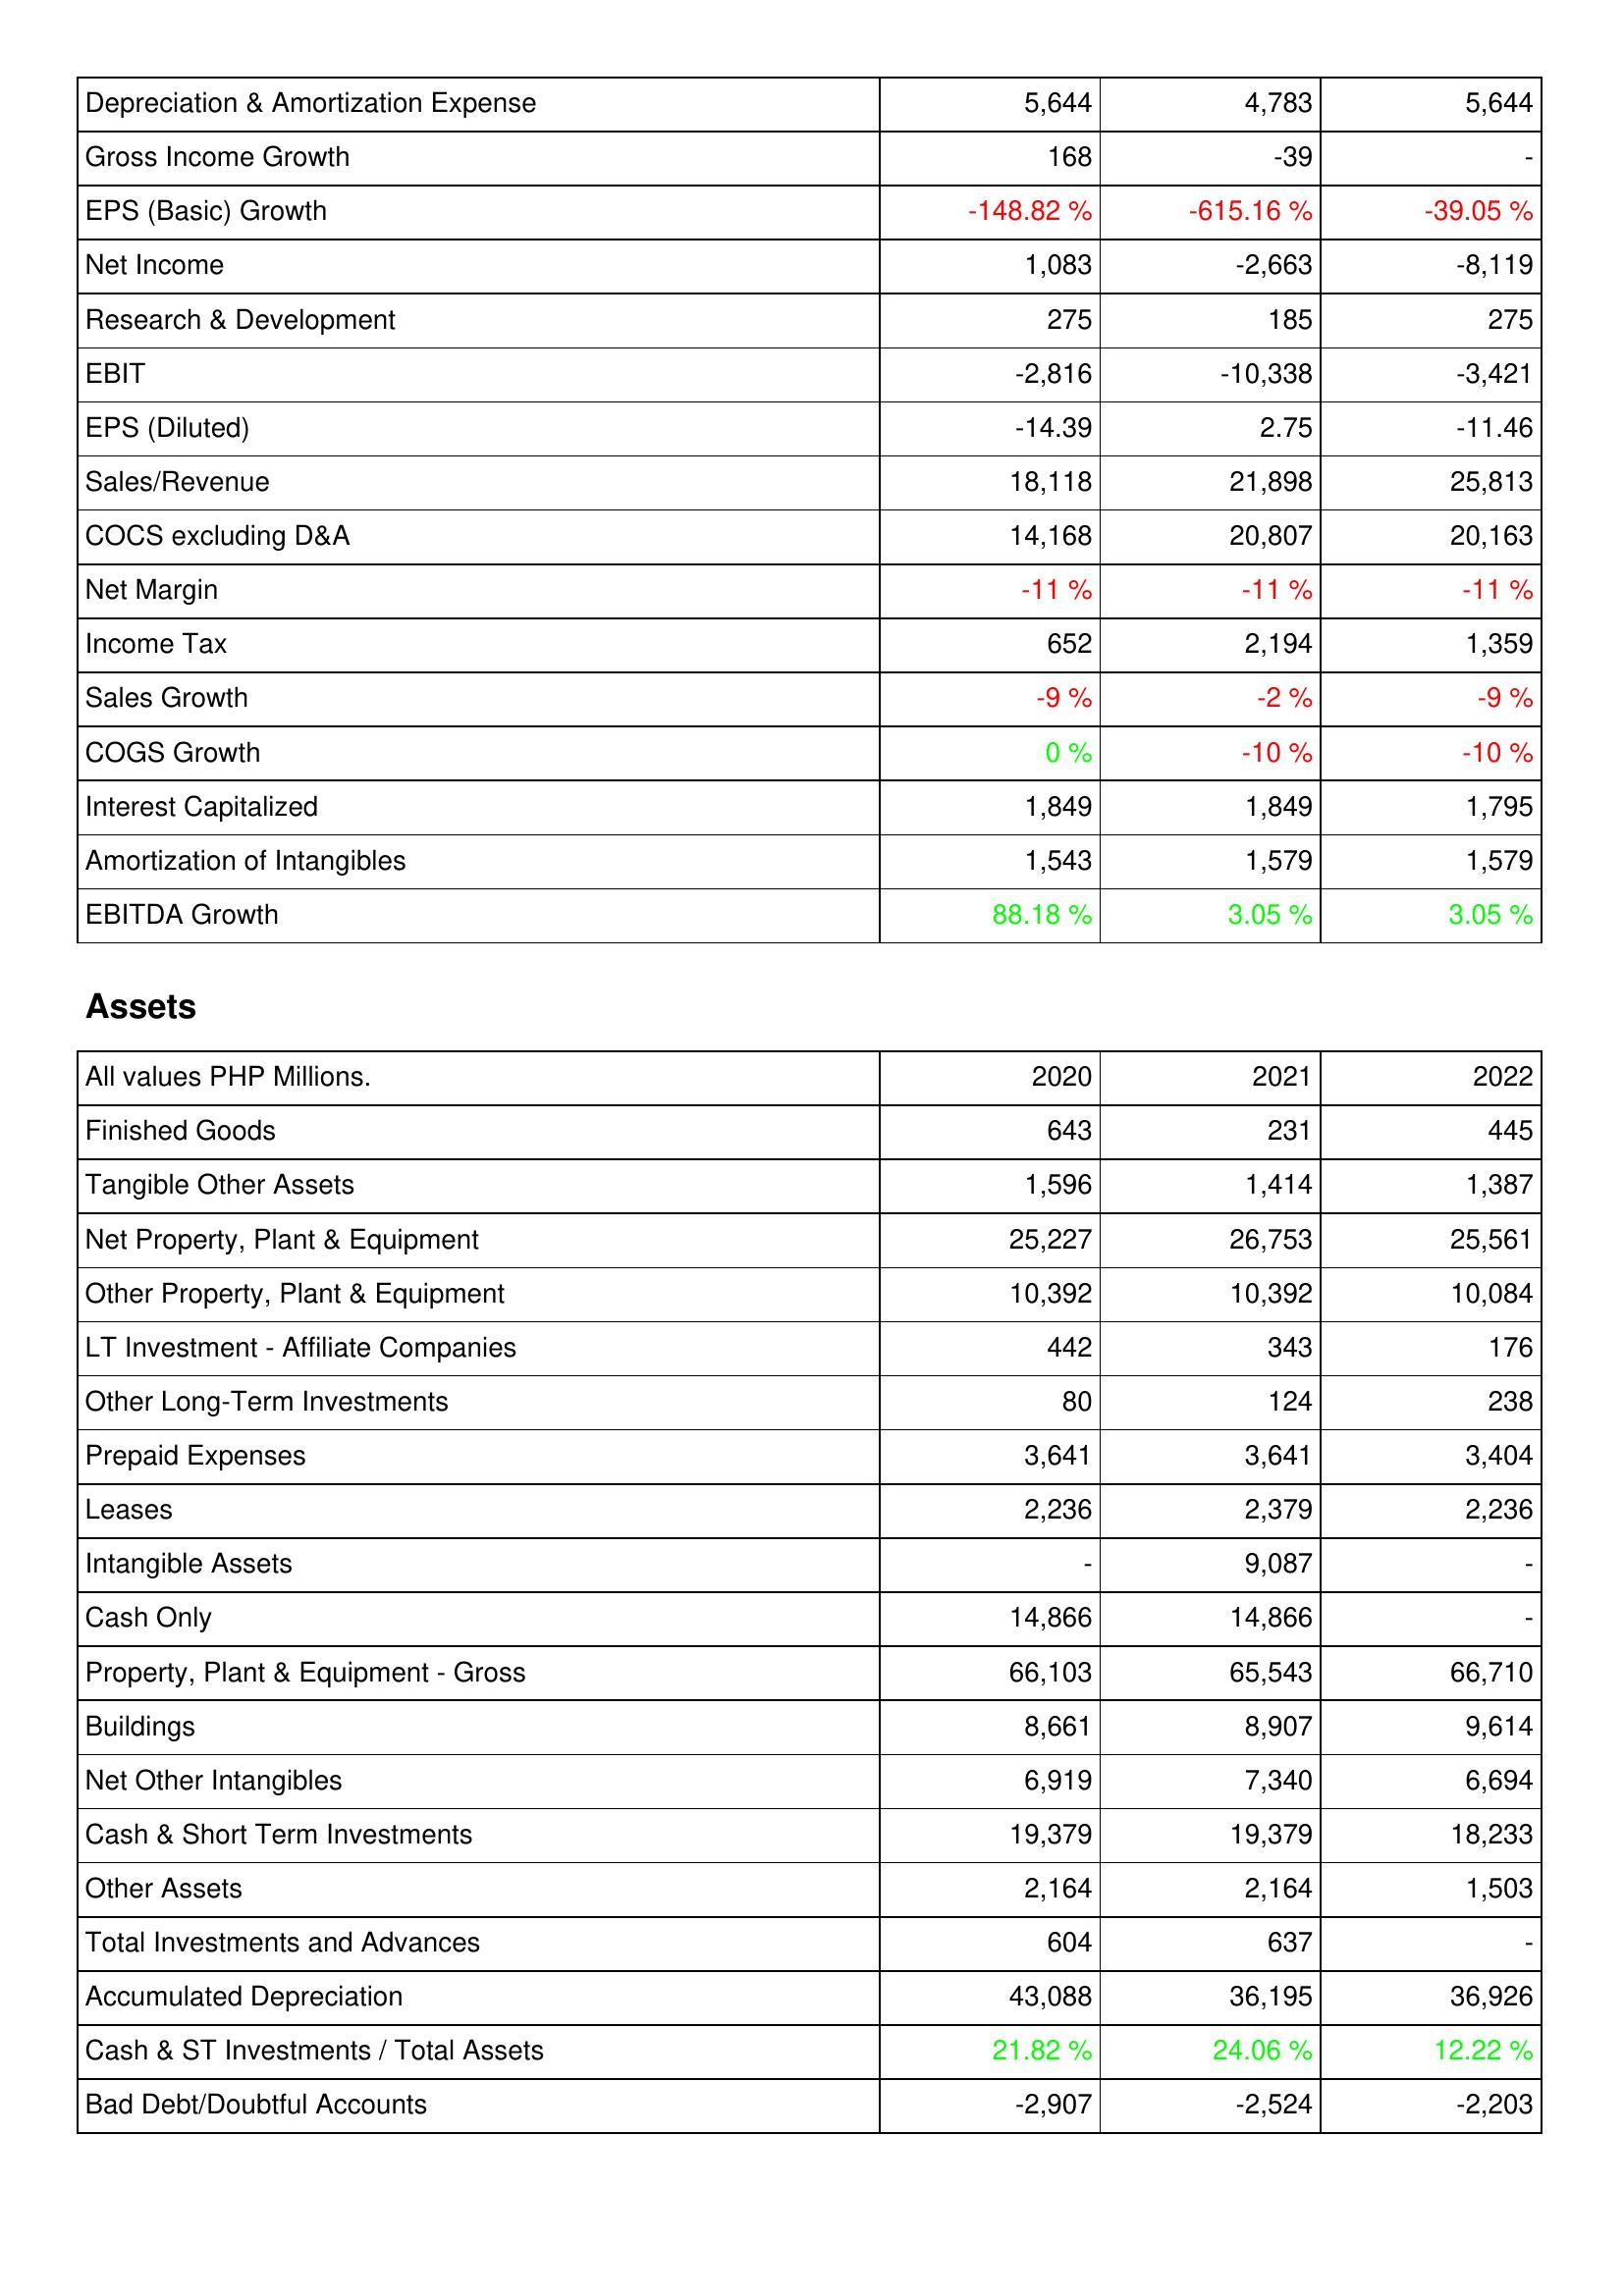
2020: Income Statement: Depreciation & Amortization Expense: 5,644
Gross Income Growth: 168
EPS (Basic) Growth: -148.82 %
Net Income: 1,083
Research & Development: 275
EBIT: -2,816
EPS (Diluted): -14.39
Sales/Revenue: 18,118
COCS excluding D&A: 14,168
Net Margin: -11 %
Income Tax: 652
Sales Growth: -9 %
COGS Growth: 0 %
Interest Capitalized: 1,849
Amortization of Intangibles: 1,543
EBITDA Growth: 88.18 %
Assets: Finished Goods: 643
Tangible Other Assets: 1,596
Net Property, Plant & Equipment: 25,227
Other Property, Plant & Equipment: 10,392
LT Investment - Affiliate Companies: 442
Other Long-Term Investments: 80
Prepaid Expenses: 3,641
Leases: 2,236
Intangible Assets: -
Cash Only: 14,866
Property, Plant & Equipment - Gross: 66,103
Buildings: 8,661
Net Other Intangibles: 6,919
Cash & Short Term Investments: 19,379
Other Assets: 2,164
Total Investments and Advances: 604
Accumulated Depreciation: 43,088
Cash & ST Investments / Total Assets: 21.82 %
Bad Debt/Doubtful Accounts: -2,907
2021: Income Statement: Depreciation & Amortization Expense: 4,783
Gross Income Growth: -39
EPS (Basic) Growth: -615.16 %
Net Income: -2,663
Research & Development: 185
EBIT: -10,338
EPS (Diluted): 2.75
Sales/Revenue: 21,898
COCS excluding D&A: 20,807
Net Margin: -11 %
Income Tax: 2,194
Sales Growth: -2 %
COGS Growth: -10 %
Interest Capitalized: 1,849
Amortization of Intangibles: 1,579
EBITDA Growth: 3.05 %
Assets: Finished Goods: 231
Tangible Other Assets: 1,414
Net Property, Plant & Equipment: 26,753
Other Property, Plant & Equipment: 10,392
LT Investment - Affiliate Companies: 343
Other Long-Term Investments: 124
Prepaid Expenses: 3,641
Leases: 2,379
Intangible Assets: 9,087
Cash Only: 14,866
Property, Plant & Equipment - Gross: 65,543
Buildings: 8,907
Net Other Intangibles: 7,340
Cash & Short Term Investments: 19,379
Other Assets: 2,164
Total Investments and Advances: 637
Accumulated Depreciation: 36,195
Cash & ST Investments / Total Assets: 24.06 %
Bad Debt/Doubtful Accounts: -2,524
2022: Income Statement: Depreciation & Amortization Expense: 5,644
Gross Income Growth: -
EPS (Basic) Growth: -39.05 %
Net Income: -8,119
Research & Development: 275
EBIT: -3,421
EPS (Diluted): -11.46
Sales/Revenue: 25,813
COCS excluding D&A: 20,163
Net Margin: -11 %
Income Tax: 1,359
Sales Growth: -9 %
COGS Growth: -10 %
Interest Capitalized: 1,795
Amortization of Intangibles: 1,579
EBITDA Growth: 3.05 %
Assets: Finished Goods: 445
Tangible Other Assets: 1,387
Net Property, Plant & Equipment: 25,561
Other Property, Plant & Equipment: 10,084
LT Investment - Affiliate Companies: 176
Other Long-Term Investments: 238
Prepaid Expenses: 3,404
Leases: 2,236
Intangible Assets: -
Cash Only: -
Property, Plant & Equipment - Gross: 66,710
Buildings: 9,614
Net Other Intangibles: 6,694
Cash & Short Term Investments: 18,233
Other Assets: 1,503
Total Investments and Advances: -
Accumulated Depreciation: 36,926
Cash & ST Investments / Total Assets: 12.22 %
Bad Debt/Doubtful Accounts: -2,203